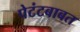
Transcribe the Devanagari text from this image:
पेटंटबाबत